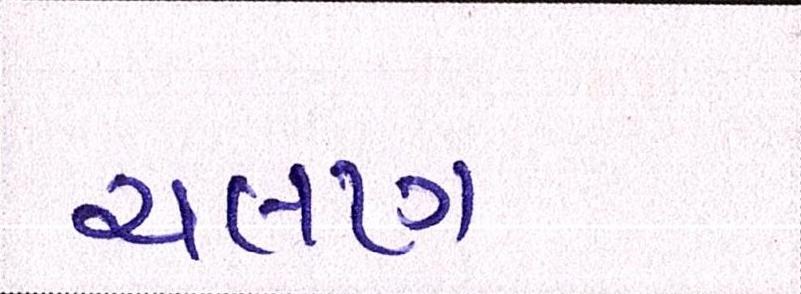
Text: ચલણ